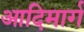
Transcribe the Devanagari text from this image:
आदिमार्ग